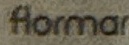
Flormar